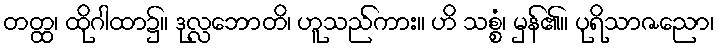
တတ္ထ၊ ထိုဂါထာ၌။ ဒုလ္လဘောတိ၊ ဟူသည်ကား။ ဟိ သစ္စံ၊ မှန်၏။ ပုရိသာဇညော၊